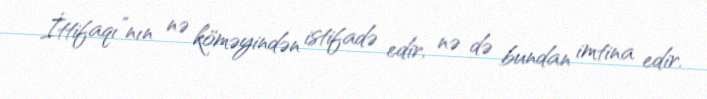
İttifaqı”nın nə köməyindən istifadə edir, nə də bundan imtina edir.